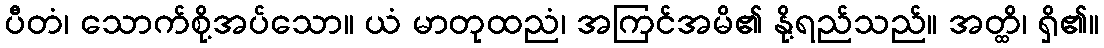
ပီတံ၊ သောက်စို့အပ်သော။ ယံ မာတုထညံ၊ အကြင်အမိ၏ နို့ရည်သည်။ အတ္ထိ၊ ရှိ၏။